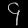
Digit: ၄